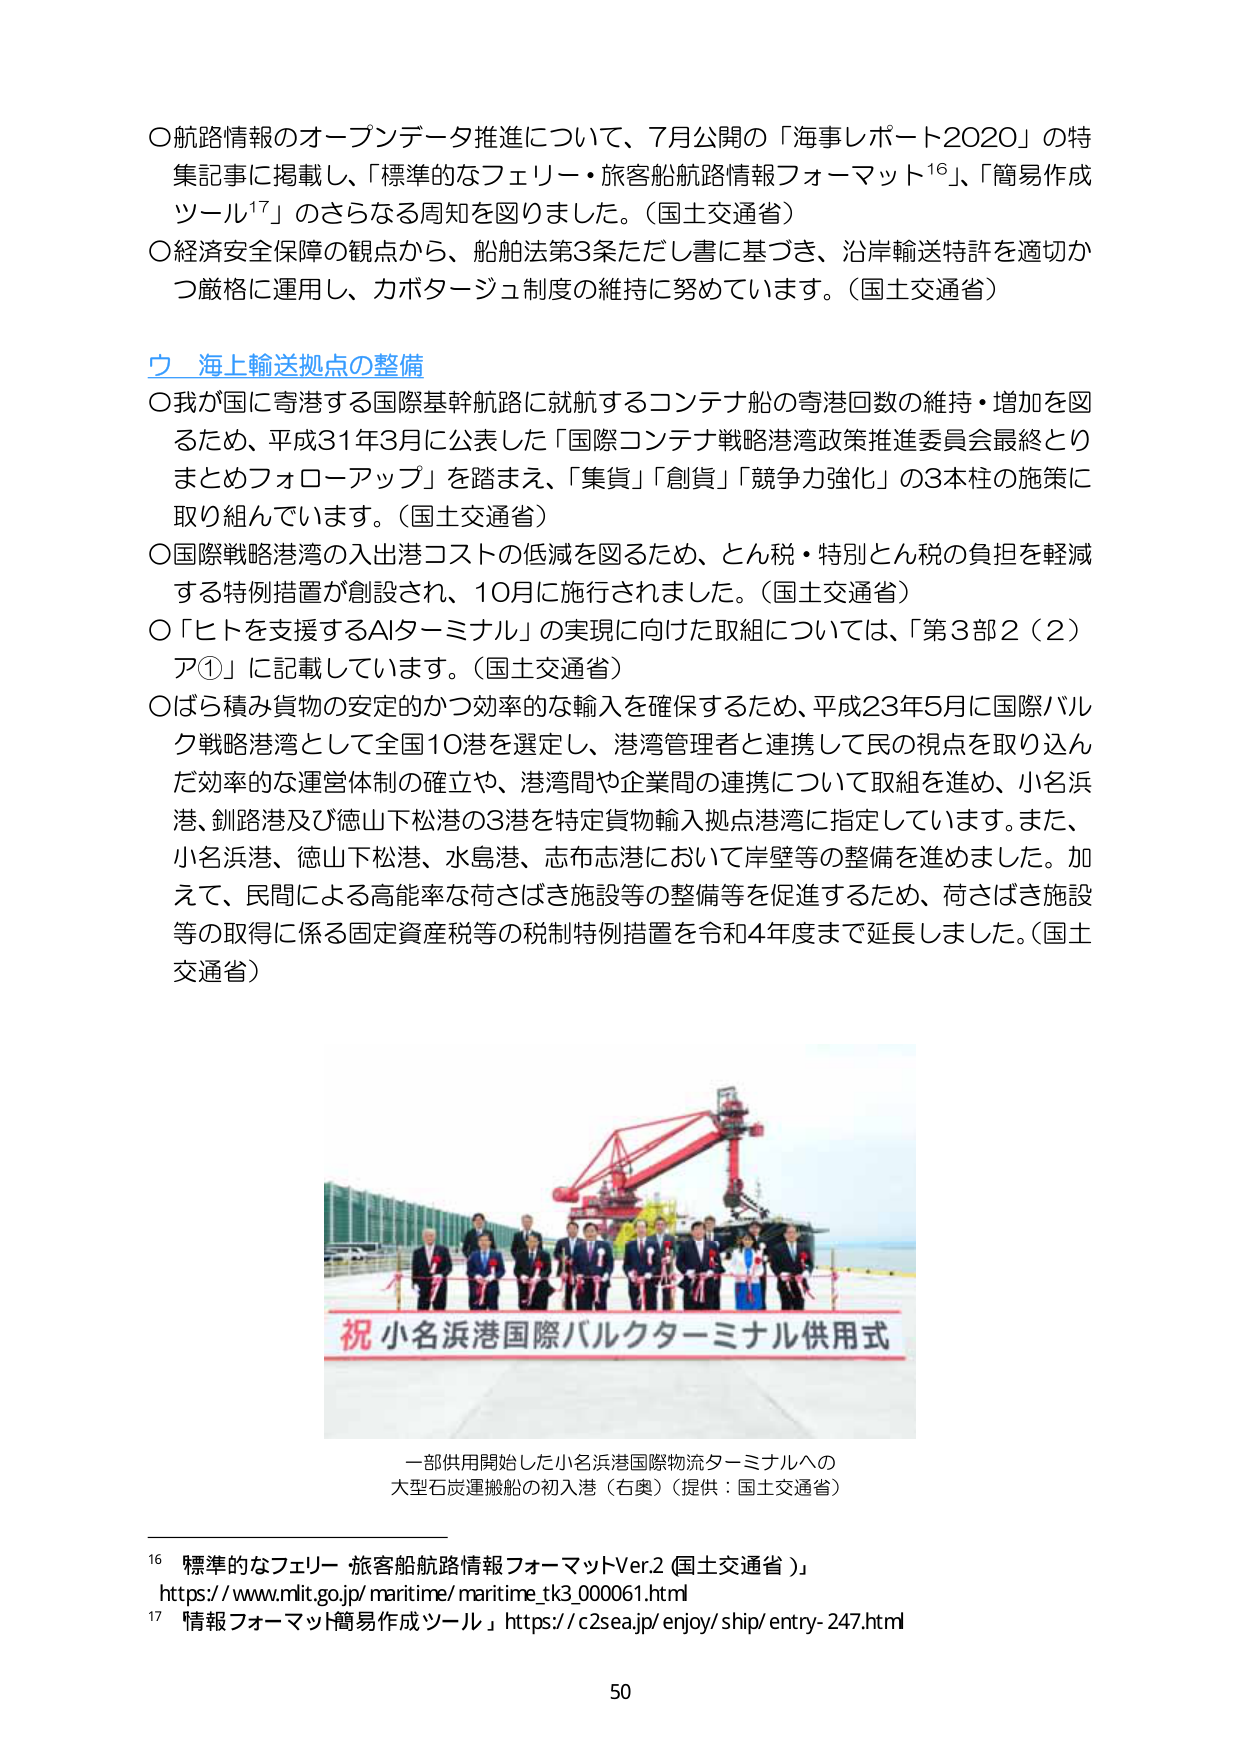
○航路情報のオープンデータ推進について、7月公開の「海事レポート2020」の特集記事に掲載し、「標準的なフェリー・旅客船航路情報フォーマット¹⁶」、「簡易作成ツール¹⁷」のさらなる周知を図りました。（国土交通省）
○経済安全保障の観点から、船舶法第3条ただし書に基づき、沿岸輸送特許を適切かつ厳格に運用し、カボタージュ制度の維持に努めています。（国土交通省）

**ウ 海上輸送拠点の整備**
○我が国に寄港する国際基幹航路に就航するコンテナ船の寄港回数の維持・増加を図るため、平成31年3月に公表した「国際コンテナ戦略港湾政策推進委員会最終とりまとめフォローアップ」を踏まえ、「集貨」「創貨」「競争力強化」の3本柱の施策に取り組んでいます。（国土交通省）
○国際戦略港湾の入出港コストの低減を図るため、とん税・特別とん税の負担を軽減する特例措置が創設され、10月に施行されました。（国土交通省）
○「ヒトを支援するAIターミナル」の実現に向けた取組については、「第3部2（2）ア①」に記載しています。（国土交通省）
○ばら積み貨物の安定的かつ効率的な輸入を確保するため、平成23年5月に国際バルク戦略港湾として全国10港を選定し、港湾管理者と連携して民の視点を取り込んだ効率的な運営体制の確立や、港湾間や企業間の連携について取組を進め、小名浜港、釣路港及び徳山下松港の3港を特定貨物輸入拠点港湾に指定しています。また、小名浜港、徳山下松港、水島港、志布志港において岸壁等の整備を進めました。加えて、民間による高能率な荷さばき施設等の整備等を促進するため、荷さばき施設等の取得に係る固定資産税等の税制特例措置を令和4年度まで延長しました。（国土交通省）

祝 小名浜港国際バルクターミナル供用式

一部供用開始した小名浜港国際物流ターミナルへの大型石炭運搬船の初入港（右奥）（提供：国土交通省）

¹⁶ 標準的なフェリー・旅客船航路情報フォーマットVer.2（国土交通省）
https://www.mlit.go.jp/maritime/maritime_tk3_000061.html
¹⁷ 「情報フォーマット簡易作成ツール」https://c2sea.jp/enjoy/ship/entry-247.html

50